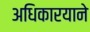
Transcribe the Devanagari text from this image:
अधिकारयाने